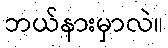
ဘယ်နားမှာလဲ။